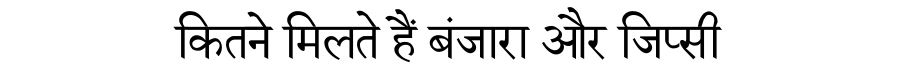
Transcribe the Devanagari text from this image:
कितने मिलते हैं बंजारा और जिप्सी